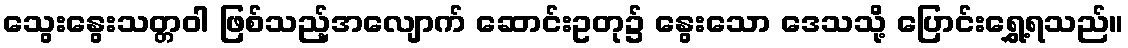
သွေးနွေးသတ္တဝါ ဖြစ်သည့်အလျောက် ဆောင်းဥတု၌ နွေးသော ဒေသသို့ ပြောင်းရွှေ့ရသည်။